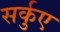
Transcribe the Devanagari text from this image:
सर्कुए